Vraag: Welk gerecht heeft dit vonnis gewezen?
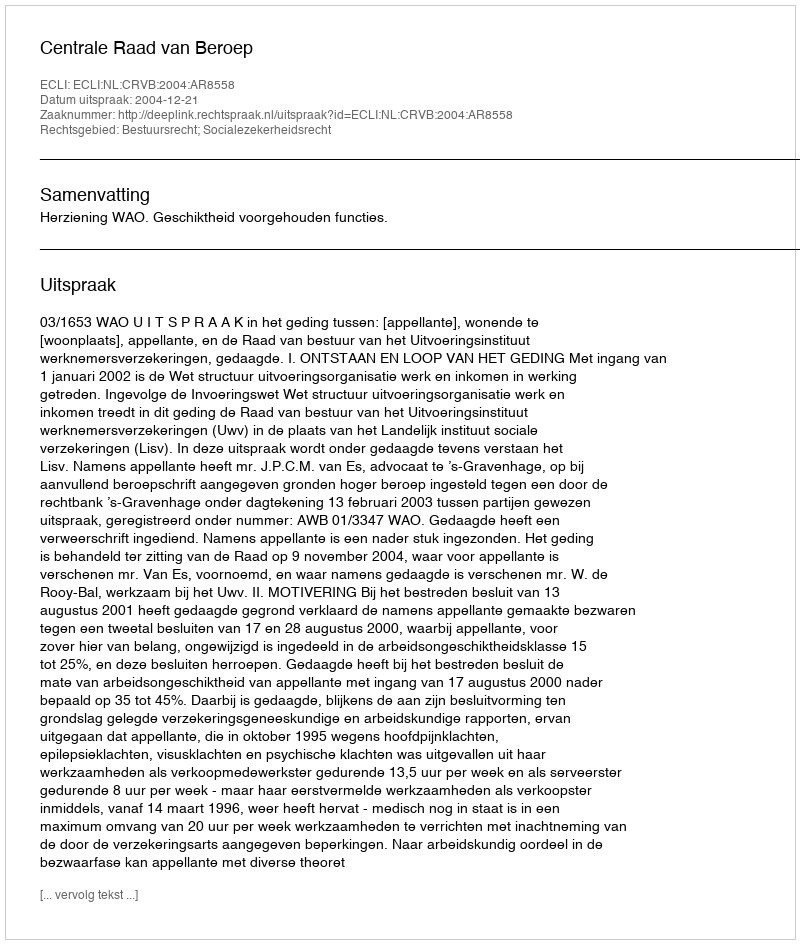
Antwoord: Centrale Raad van Beroep